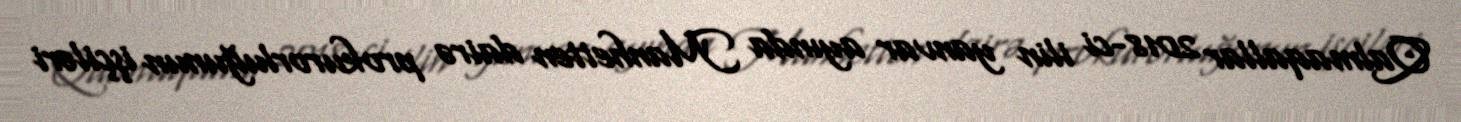
Qalmaqallar 2018-ci ilin yanvar ayında Manhetten dairə prokurorluğunun işçiləri